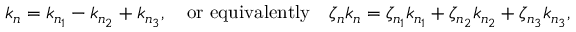
k _ { \mathfrak n } = k _ { \mathfrak n _ { 1 } } - k _ { \mathfrak n _ { 2 } } + k _ { \mathfrak n _ { 3 } } , \quad \mathrm { o r \ e q u i v a l e n t l y } \quad \zeta _ { \mathfrak n } k _ { \mathfrak n } = \zeta _ { \mathfrak n _ { 1 } } k _ { \mathfrak n _ { 1 } } + \zeta _ { \mathfrak n _ { 2 } } k _ { \mathfrak n _ { 2 } } + \zeta _ { \mathfrak n _ { 3 } } k _ { \mathfrak n _ { 3 } } ,